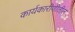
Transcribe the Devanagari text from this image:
कार्यकारीणीतील